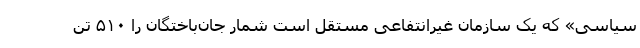
سیاسی» که یک سازمان غیرانتفاعی مستقل است شمار جان‌باختگان را ۵۱۰ تن